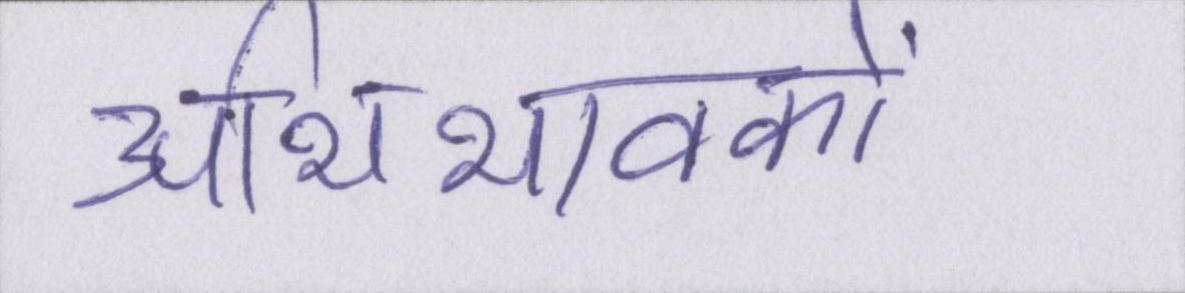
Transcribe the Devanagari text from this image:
अभिभावकों